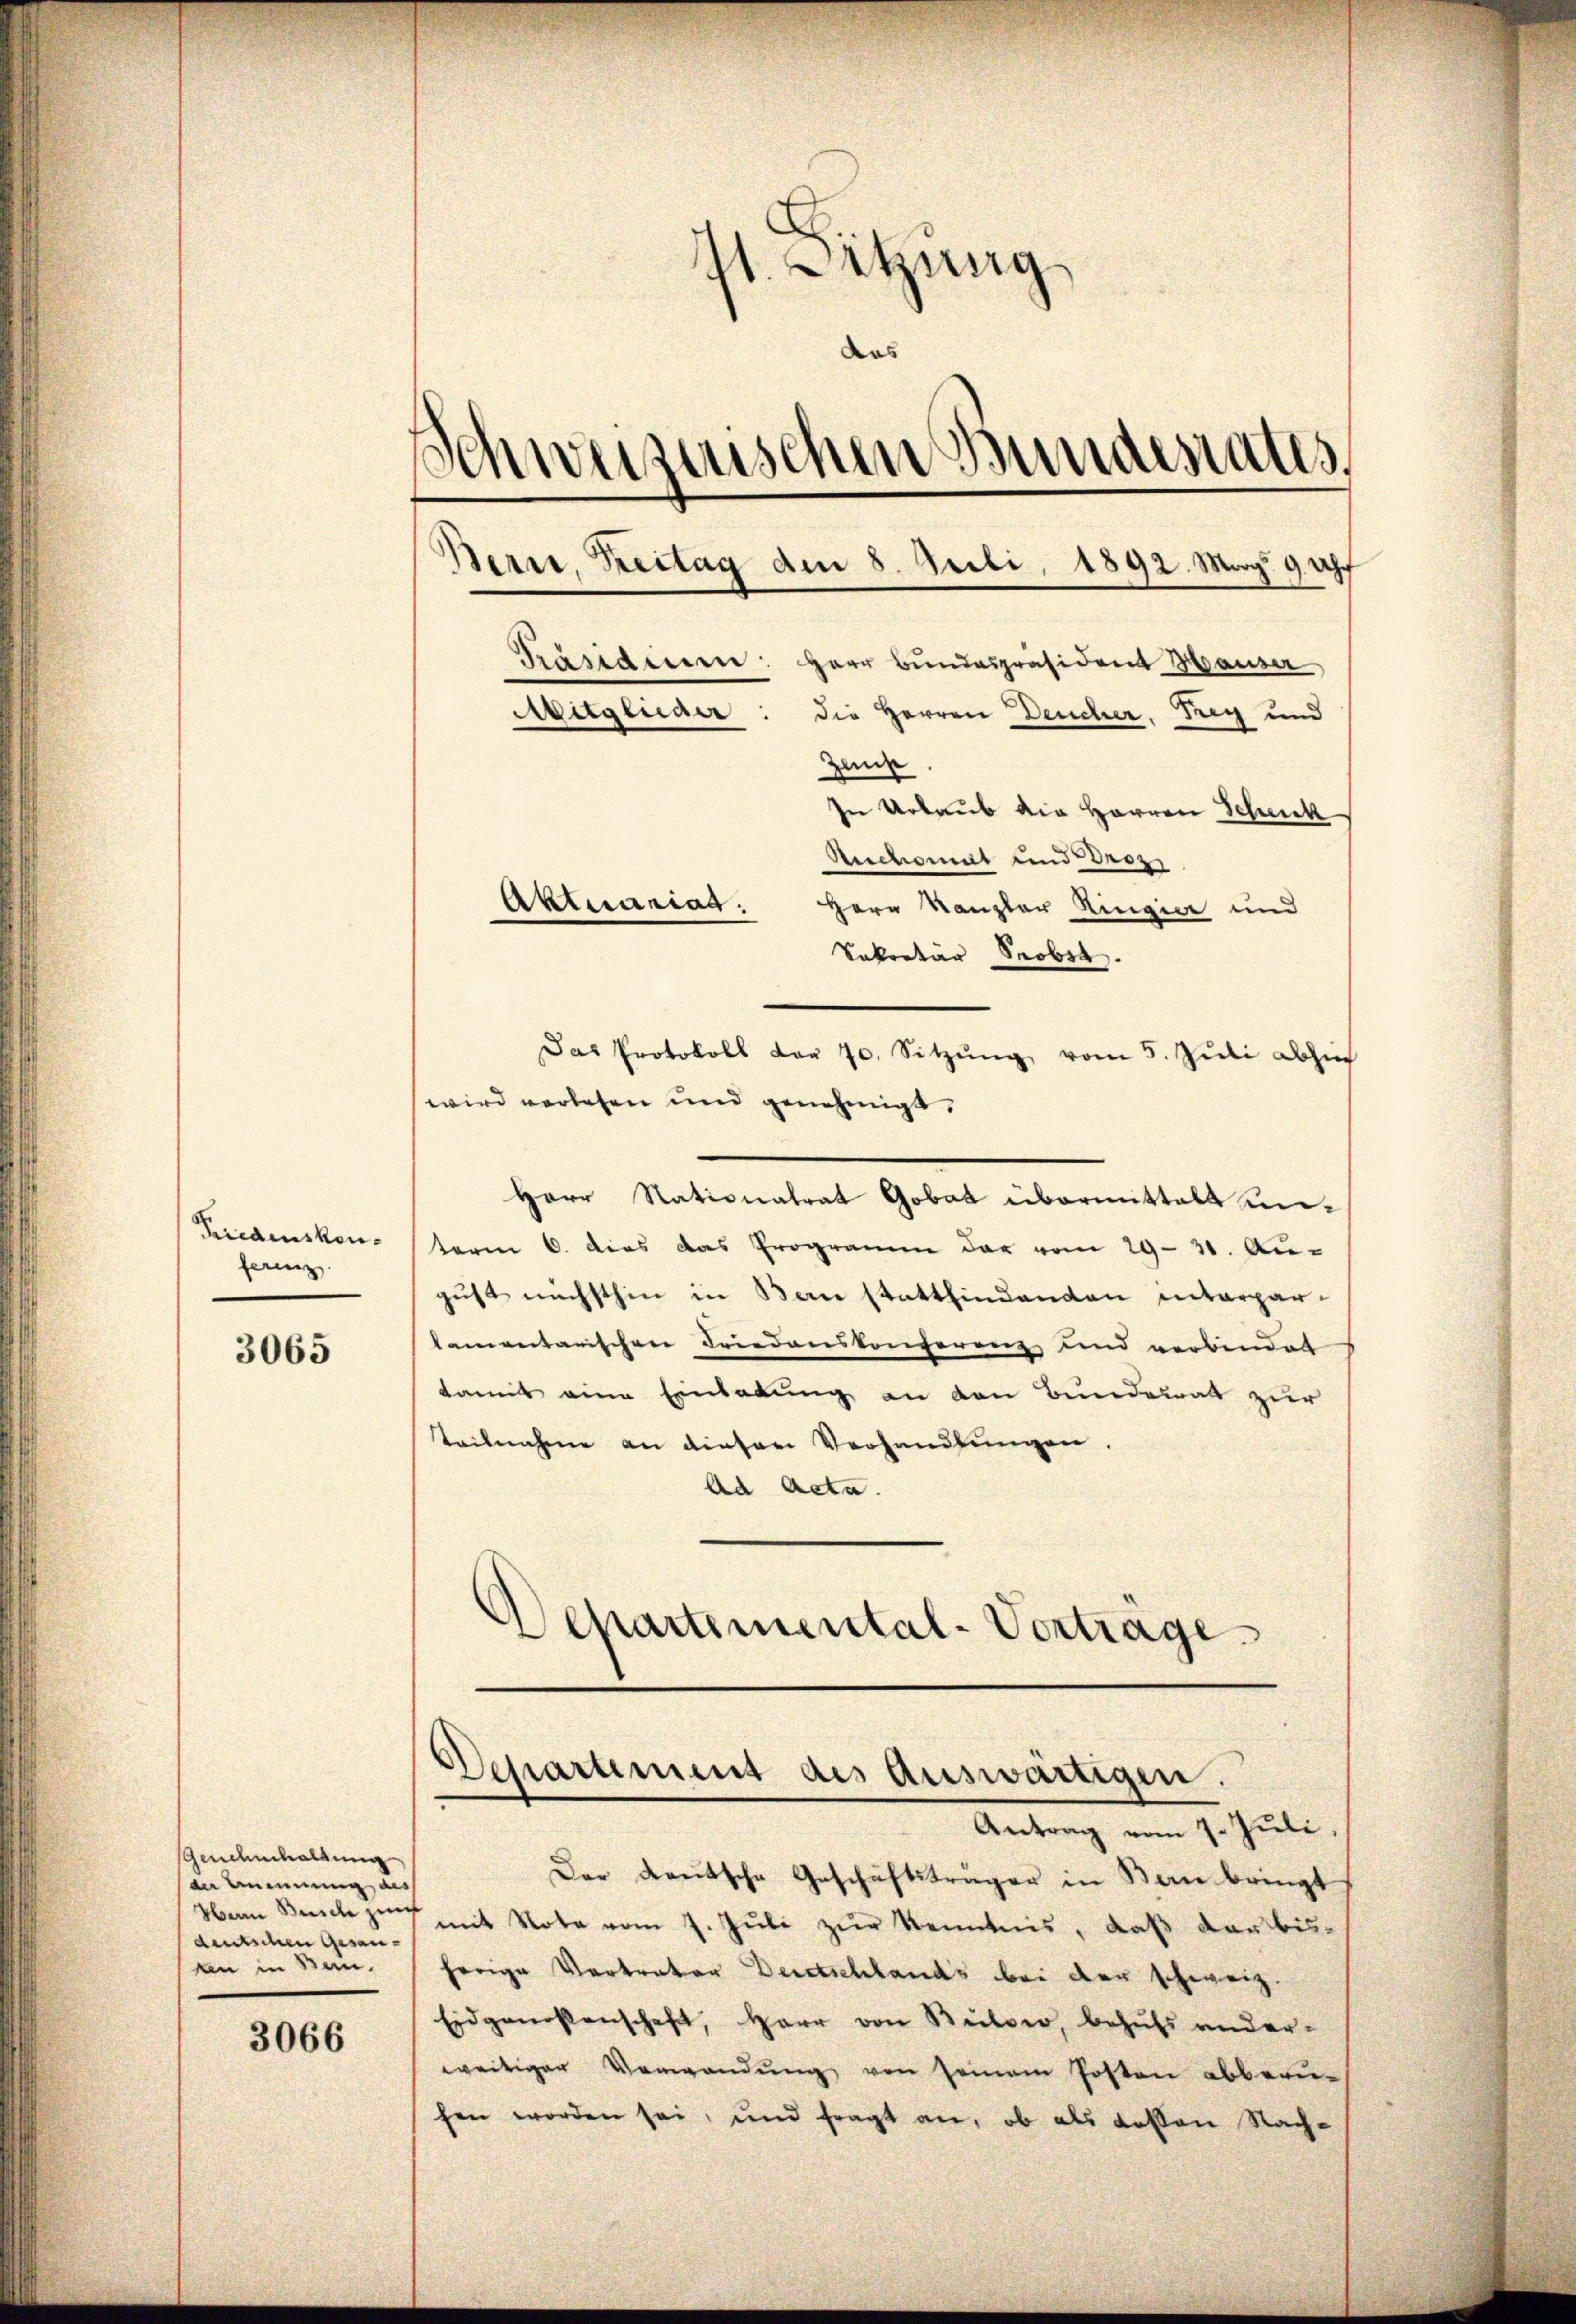
Friedenskon-
ferenz

3065

Genehmhaltung
der Ernennung aus
Harin Busche zus
deutschen Gesanan in sein.

3066

41. Setzung
das
Schweizerischen Bundesrates,
¬
Bern, Reitag den 8. Juli 1892. Mag. 9 Uhr

Mitglieder

Zende
In Urlaub die Herren Schick
Ruchomut und Proz
Herr Kanzler Ringier und
Sekretär Scobet.
Das Protokoll der 70. Sitzŭng vom 5. Jŭli abhin
wird verlesen und genehmigt.
Herr Nationalrat Gobat übermittelt unterm 6. dies das Programm der vom 29. 31. Au-
gust nächsthin in Bern stattfindenden interpar-
lamentarischen Friedenskonferenz und verbindet
damit eine Einladung an den Bunderrat zur
teilnahme an diesem Verhandlŭngen.
Ad Acta.
Departemental-Vorträge.

Aktuariat.

Departement des Auswärtigen.
Antrag vom 7. Juli

Der deutsche Geschäftsträger in Bern bringt
mit Note vom 7. Juli zur Kenntnis, daß der bisherige Vertrator Deutschlands bei der schweiz.
Eidgenossenschaft, Herr von Bülow, behufs anderweitiger Verwandŭng von seinem Posten abberu-
fen worden sei, und fragt an, ob als dessen Nach-

Präsidenen: Herr Bundespräsident Hauser

die Herren Deucher, Frey und